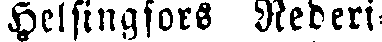
Helsingfors Rederi-